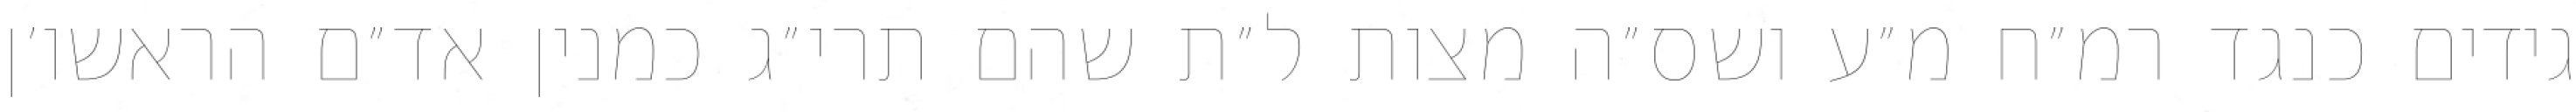
גידים כנגד רמ״ח מ״ע ושס״ה מצות ל״ת שהם תרי״ג כמנין אד״ם הראשו׳ן